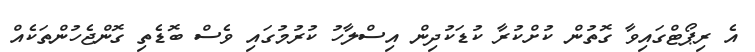
އެ ރިޕޯޓްގައިވާ ގޮތުން ކުށްކުރާ ކުޑަކުދިން އިސްލާހު ކުރުމުގައި ވެސް ބޮޑެތި ގޮންޖެހުންތަކެއް